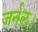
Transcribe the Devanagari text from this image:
जर्नल।